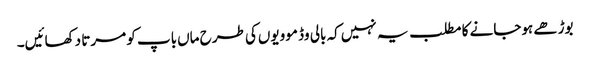
بوڑھے ہوجانے کا مطلب یہ نہیں‌کہ بالی وڈ موویوں‌کی طرح ماں‌باپ کو مرتا دکھائیں۔